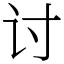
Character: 讨